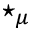
\star _ { \mu }